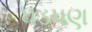
ધડપણ